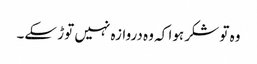
وہ تو شکر ہوا کہ وہ دروازہ نہیں توڑ سکے۔